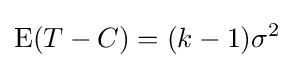
\operatorname {E} (T-C)=(k-1)\sigma ^{2}